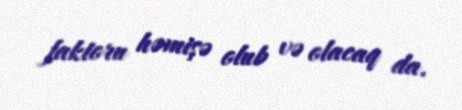
faktoru həmişə olub və olacaq da.